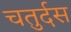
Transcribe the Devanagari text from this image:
चतुर्दस